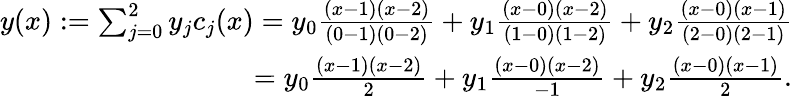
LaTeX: \begin{array}{r}{y(x):=\sum_{j=0}^{2}y_{j}c_{j}(x)=y_{0}{\frac{(x-1)(x-2)}{(0-1)(0-2)}}+y_{1}{\frac{(x-0)(x-2)}{(1-0)(1-2)}}+y_{2}{\frac{(x-0)(x-1)}{(2-0)(2-1)}}}\\ {=y_{0}{\frac{(x-1)(x-2)}{2}}+y_{1}{\frac{(x-0)(x-2)}{-1}}+y_{2}{\frac{(x-0)(x-1)}{2}}.}\end{array}